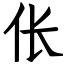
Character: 伥